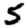
Digit: 5